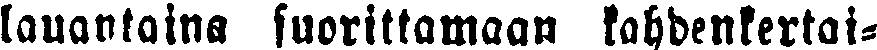
lauantaina suorittamaan kahdenkertai-